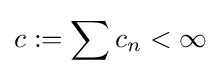
c:=\sum c_{n}<\infty